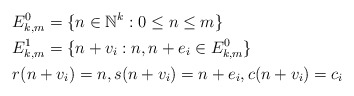
\begin{align*}&E^0_{k,m} = \{n \in \mathbb{N}^k: 0 \le n \le m\} \\&E^1_{k,m} = \{n + v_i: n, n + e_i \in E^0_{k,m} \} \\&r(n+v_i) = n, s(n+v_i) = n + e_i, c(n + v_i) = c_i \end{align*}